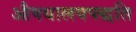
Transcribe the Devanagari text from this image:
औषधालयपद्धति